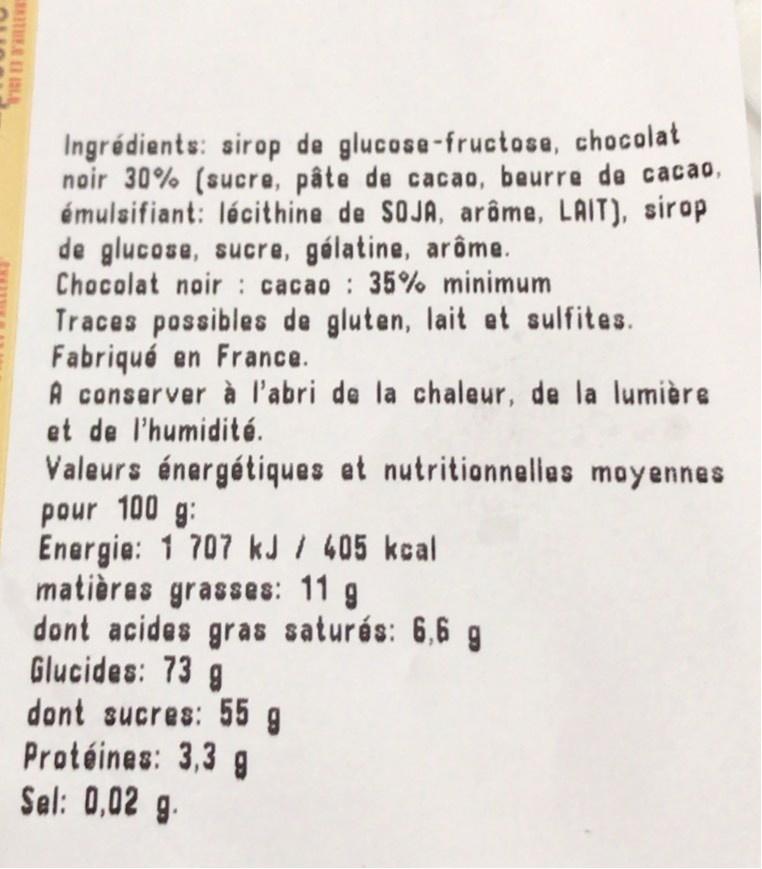
Ingrédients: sirop de glucose-fructose, chocolat noir 30% (sucre, pâte de cacao, beurre de cacao, émulsifiant: lécithine de SOJA, arâme, LAIT), sirop de glucose, sucre, gólatine, arôme. Chocolat noir: cacao : 35% minimum Traces possibles de gluten, lait et sulfites. Fabriqué en France. A conserver à l'abri de la chaleur, de la lumière et de l'humidité. Valeurs énergétiques et nutritionnelles moyennes pour 100 g: Energie: 1 707 kJ / 405 kcal matières grasses: 11 g dont acides gras saturés: 6,6 g Glucides: 73 g dont sucres: 55 g Protéines: 3,3 g Sel: 0,02 g.